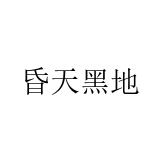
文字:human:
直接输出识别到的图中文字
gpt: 昏天黑地